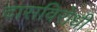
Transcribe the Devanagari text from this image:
दासविरोधी